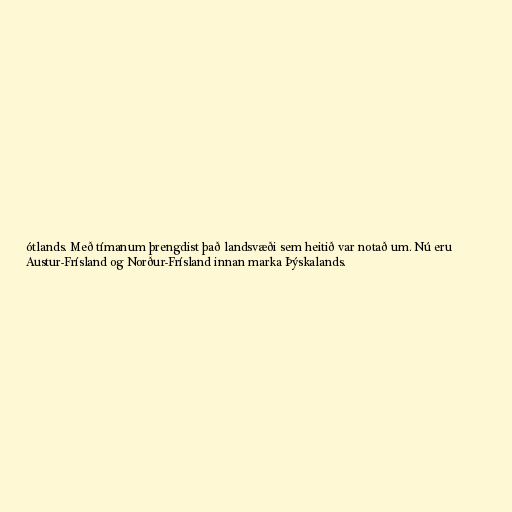
ótlands. Með tímanum þrengdist það landsvæði sem heitið var notað um. Nú eru
Austur-Frísland og Norður-Frísland innan marka Þýskalands.